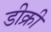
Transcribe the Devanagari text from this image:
डीक्री